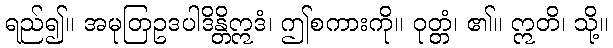
ရည်၍။ အမုတြဥဒပါဒိန္တိဣဒံ၊ ဤစကားကို။ ဝုတ္တံ၊ ၏။ ဣတိ၊ သို့။